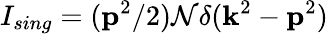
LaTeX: I_{sing}=({\mathbf p}^{2}/2){\cal N}\delta({\mathbf k}^{2}-{\mathbf p}^{2})